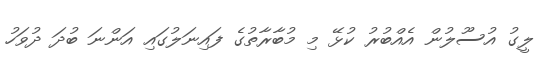
ލީގު އުސޫލުން އެއްބުރު ކުޅޭ މި މުބާރާތުގެ ފައިނަލުގައި އަންނަ ބުދަ ދުވަހު